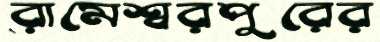
রামেশ্বরপুরের